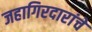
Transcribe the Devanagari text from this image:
जहागिरदारांचे